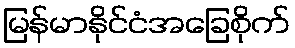
မြန်မာနိုင်ငံအခြေစိုက်